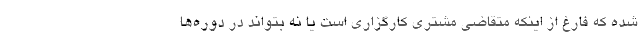
شده که فارغ از اینکه متقاضی مشتری کارگزاری است یا نه بتواند در دوره‌ها